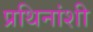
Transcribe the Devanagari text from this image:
प्रथिनांशी